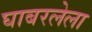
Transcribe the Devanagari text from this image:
घाबरलेला